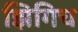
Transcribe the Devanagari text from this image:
झिगिच